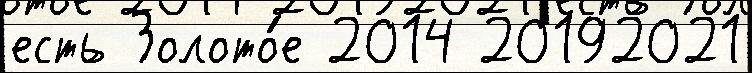
есть Золото́е 2014 20192021